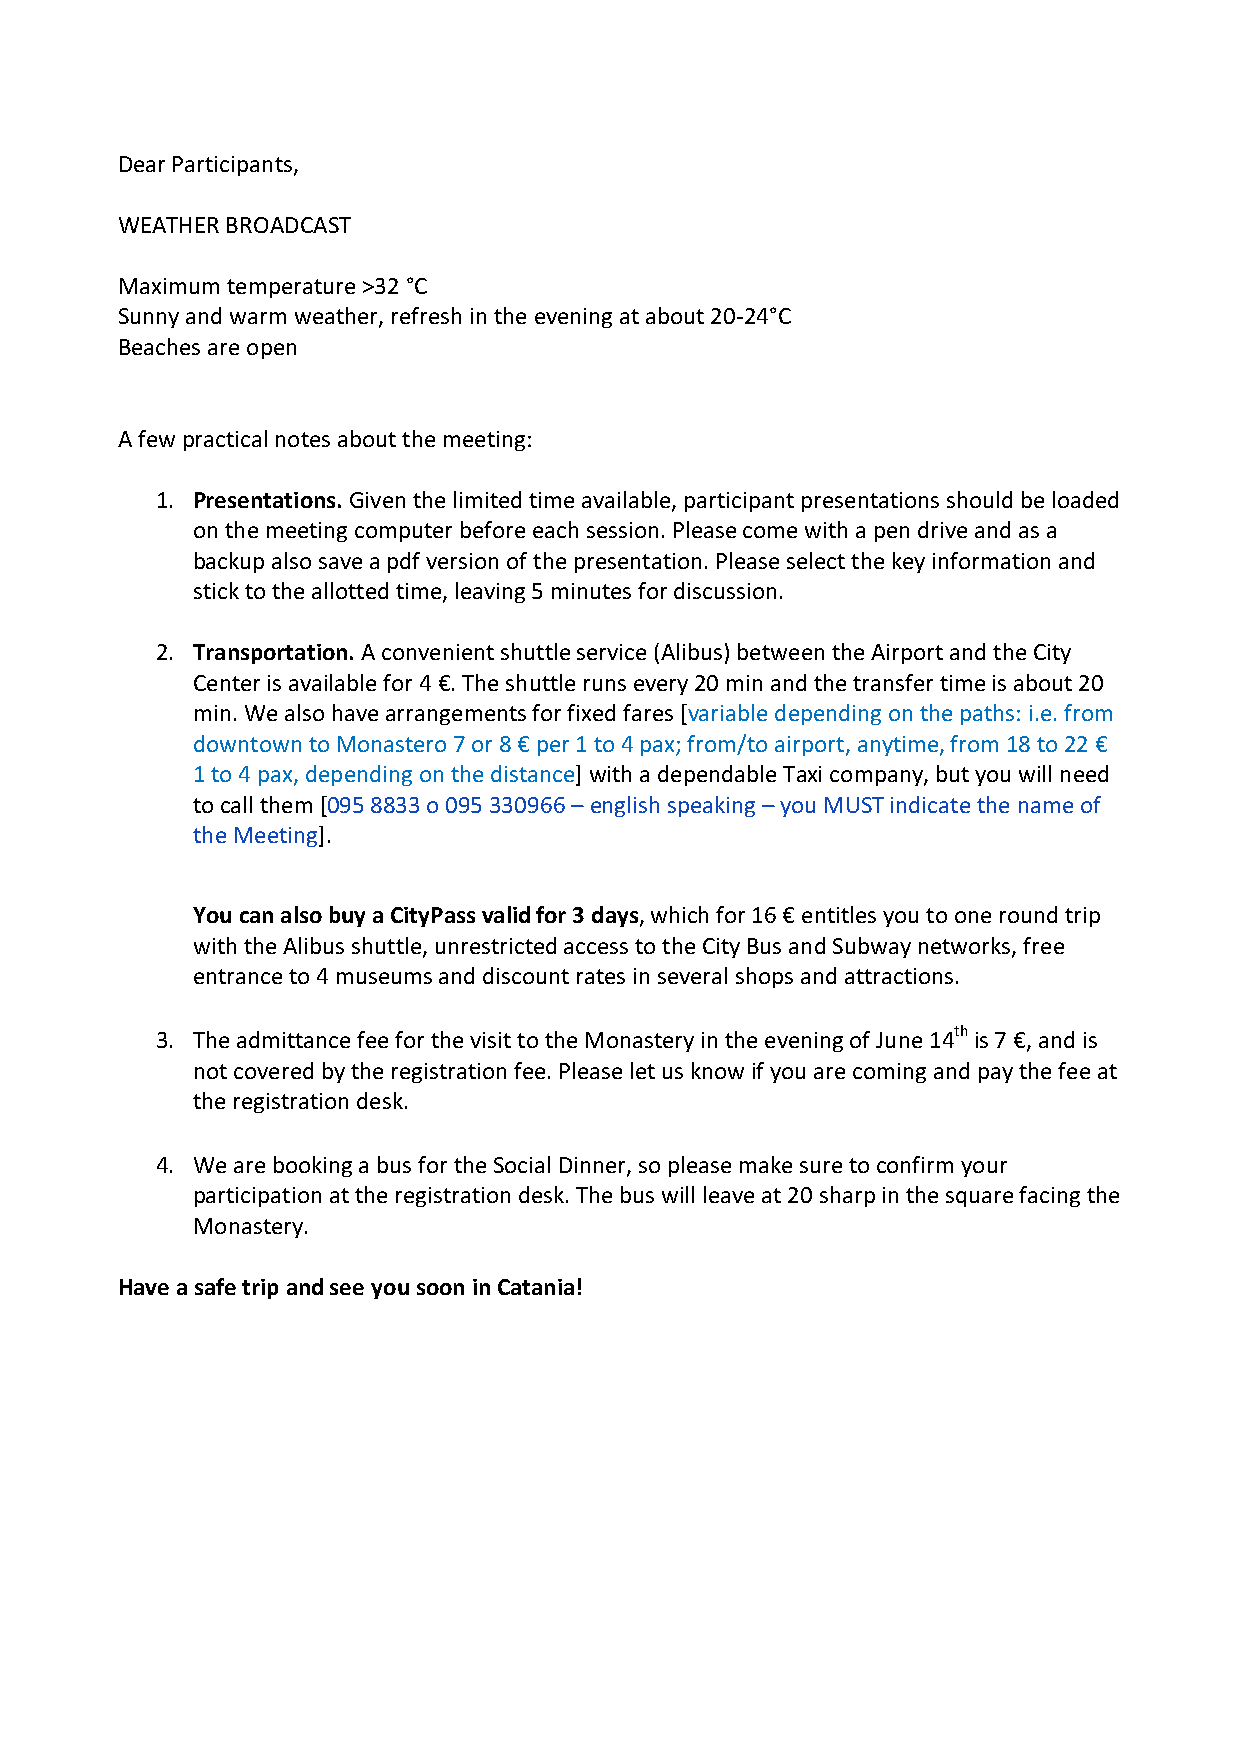
Dear Participants,
 WEATHER BROADCAST
 Maximum temperature >32 °C
 Sunny and warm weather, refresh in the evening at about 20-24°C
 Beaches are open
 A few practical notes about the meeting:
 1. Presentations. Given the limited time available, participant presentations should be loaded
 on the meeting computer before each session. Please come with a pen drive and as a
 backup also save a pdf version of the presentation. Please select the key information and
 stick to the allotted time, leaving 5 minutes for discussion.
 2. Transportation. A convenient shuttle service (Alibus) between the Airport and the City
 Center is available for 4 €. The shuttle runs every 20 min and the transfer time is about 20
 min. We also have arrangements for fixed fares [variable depending on the paths: i.e. from
 downtown to Monastero 7 or 8 € per 1 to 4 pax; from/to airport, anytime, from 18 to 22 €
 1 to 4 pax, depending on the distance] with a dependable Taxi company, but you will need
 to call them [095 8833 o 095 330966 – english speaking – you MUST indicate the name of
 the Meeting].
 You can also buy a CityPass valid for 3 days, which for 16 € entitles you to one round trip
 with the Alibus shuttle, unrestricted access to the City Bus and Subway networks, free
 entrance to 4 museums and discount rates in several shops and attractions.
 3. The admittance fee for the visit to the Monastery in the evening of June 14th is 7 €, and is
 not covered by the registration fee. Please let us know if you are coming and pay the fee at
 the registration desk.
 4. We are booking a bus for the Social Dinner, so please make sure to confirm your
 participation at the registration desk. The bus will leave at 20 sharp in the square facing the
 Monastery.
 Have a safe trip and see you soon in Catania!